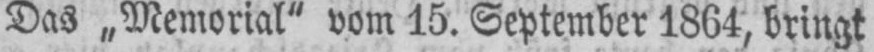
Das „Memorial” vom 15. September 1864, bringt